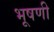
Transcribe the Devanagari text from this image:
भूषणी